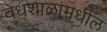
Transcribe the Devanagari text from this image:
वेधशाळांमधील